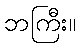
ဘကြီး။